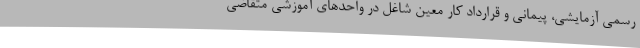
رسمی آزمایشی، پیمانی و قرارداد کار معین شاغل در واحدهای آموزشی متقاضی